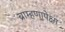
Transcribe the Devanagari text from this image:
ब्राम्हणापेक्षा